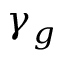
\gamma _ { g }